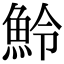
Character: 魿